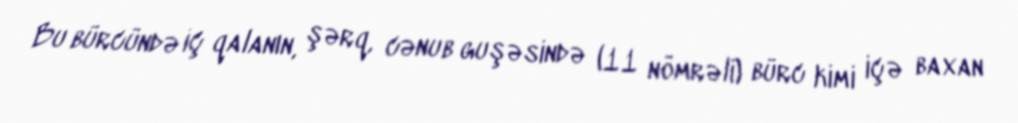
Bu bürcündə iç qalanın, şərq, cənub guşəsində (11 nömrəli) bürc kimi içə baxan